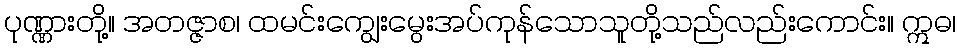
ပုဏ္ဏားတို့။ အတဇ္ဇာစ၊ ထမင်းကျွေးမွေးအပ်ကုန်သောသူတို့သည်လည်းကောင်း။ ဣဓ၊